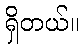
ရှိတယ်။